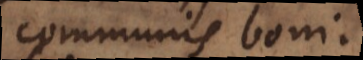
communis boni.